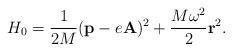
LaTeX: \begin{align*}H_0 = \frac{1}{2M} ( {\bf p} - e {\bf A} )^2 +\frac{M \omega^2}{2} {\bf r}^2.\end{align*}